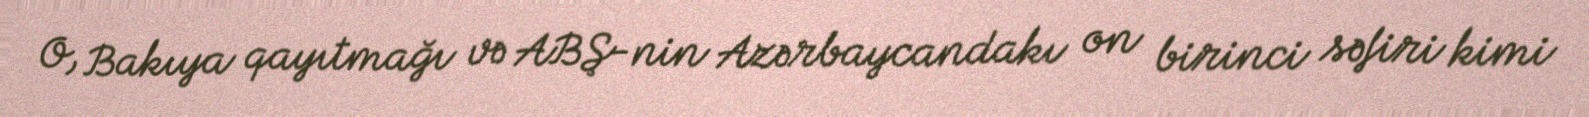
O, Bakıya qayıtmağı və ABŞ-nin Azərbaycandakı on birinci səfiri kimi